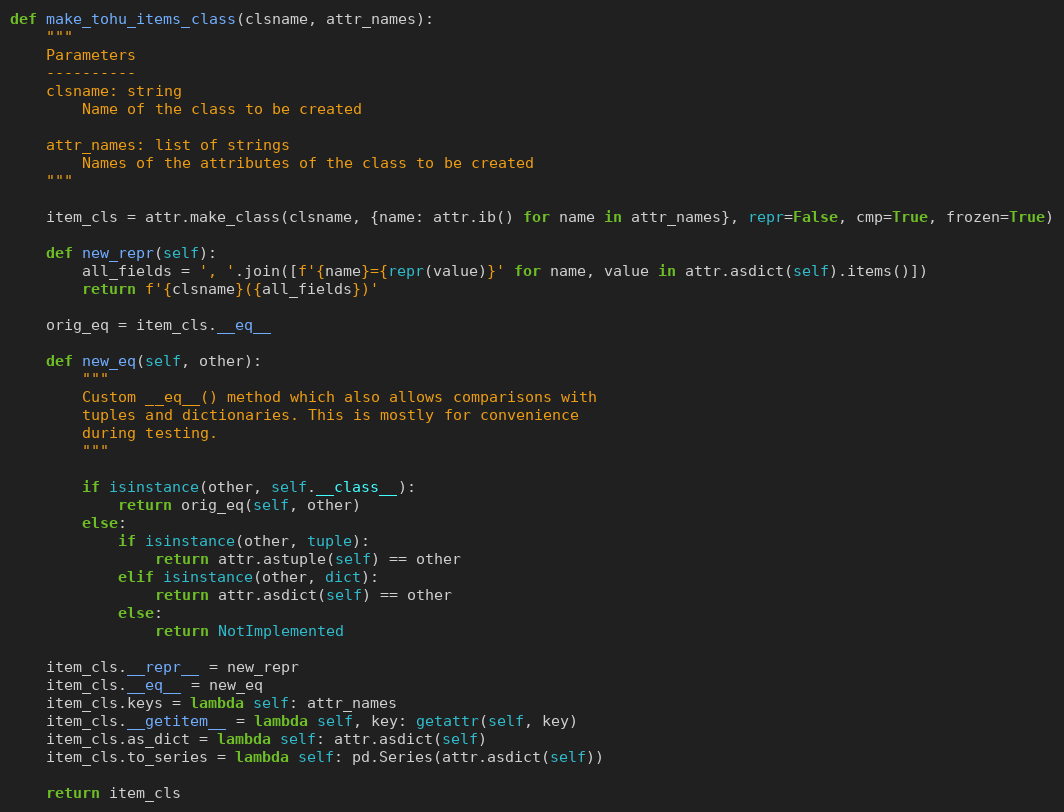
Language: Python
def make_tohu_items_class(clsname, attr_names):
    """
    Parameters
    ----------
    clsname: string
        Name of the class to be created

    attr_names: list of strings
        Names of the attributes of the class to be created
    """

    item_cls = attr.make_class(clsname, {name: attr.ib() for name in attr_names}, repr=False, cmp=True, frozen=True)

    def new_repr(self):
        all_fields = ', '.join([f'{name}={repr(value)}' for name, value in attr.asdict(self).items()])
        return f'{clsname}({all_fields})'

    orig_eq = item_cls.__eq__

    def new_eq(self, other):
        """
        Custom __eq__() method which also allows comparisons with
        tuples and dictionaries. This is mostly for convenience
        during testing.
        """

        if isinstance(other, self.__class__):
            return orig_eq(self, other)
        else:
            if isinstance(other, tuple):
                return attr.astuple(self) == other
            elif isinstance(other, dict):
                return attr.asdict(self) == other
            else:
                return NotImplemented

    item_cls.__repr__ = new_repr
    item_cls.__eq__ = new_eq
    item_cls.keys = lambda self: attr_names
    item_cls.__getitem__ = lambda self, key: getattr(self, key)
    item_cls.as_dict = lambda self: attr.asdict(self)
    item_cls.to_series = lambda self: pd.Series(attr.asdict(self))

    return item_cls